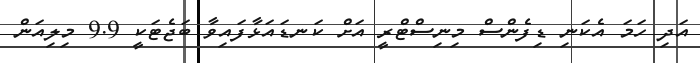
އަދި ހަމަ އެކަނި ޑިފެންސް މިނިސްޓްރީ އަށް ކަނޑައަޅާފައިވާ ބަޖެޓަކީ 9.9 މިލިއަން